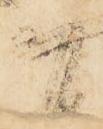
間